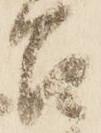
召